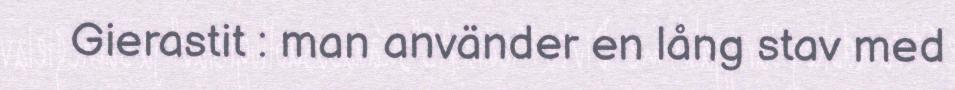
Gierastit : man använder en lång stav med